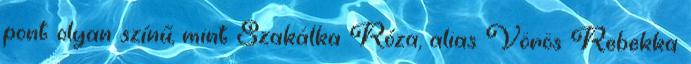
pont olyan színű, mint Szakálka Róza, alias Vörös Rebekka